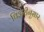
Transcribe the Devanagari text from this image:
थिअरीनुसार